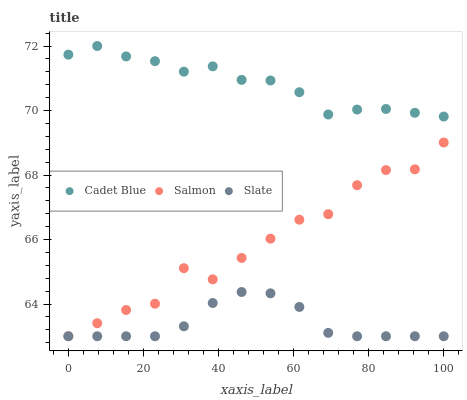
| xaxis_label | Cadet Blue | Salmon | Slate |
 | --- | --- | --- | --- |
 | 0 | 71.7 | 63 | 63 |
 | 7.69 | 72 | 63.4 | 63 |
 | 15.4 | 71.7 | 63.8 | 63 |
 | 23.1 | 71.5 | 64 | 63 |
 | 30.8 | 71.2 | 65.1 | 63.3 |
 | 38.5 | 71.4 | 64.8 | 64 |
 | 46.2 | 70.9 | 65.4 | 64.4 |
 | 53.8 | 70.9 | 66 | 64.3 |
 | 61.5 | 70.6 | 66.6 | 63.9 |
 | 69.2 | 69.9 | 66.8 | 63.1 |
 | 76.9 | 70 | 67.7 | 63 |
 | 84.6 | 70 | 68.2 | 63 |
 | 92.3 | 69.9 | 68.2 | 63 |
 | 100 | 69.8 | 69 | 63 |